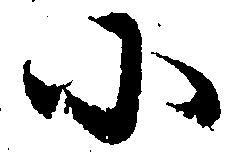
小